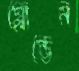
গ্লোন্ডেন